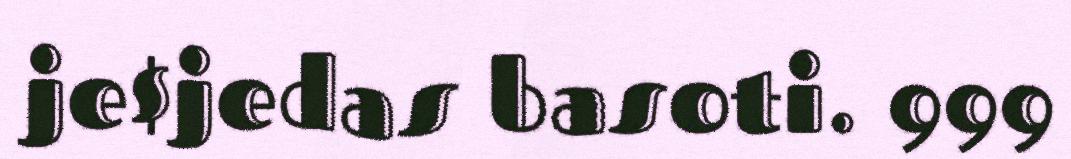
je$jedas basoti. 999